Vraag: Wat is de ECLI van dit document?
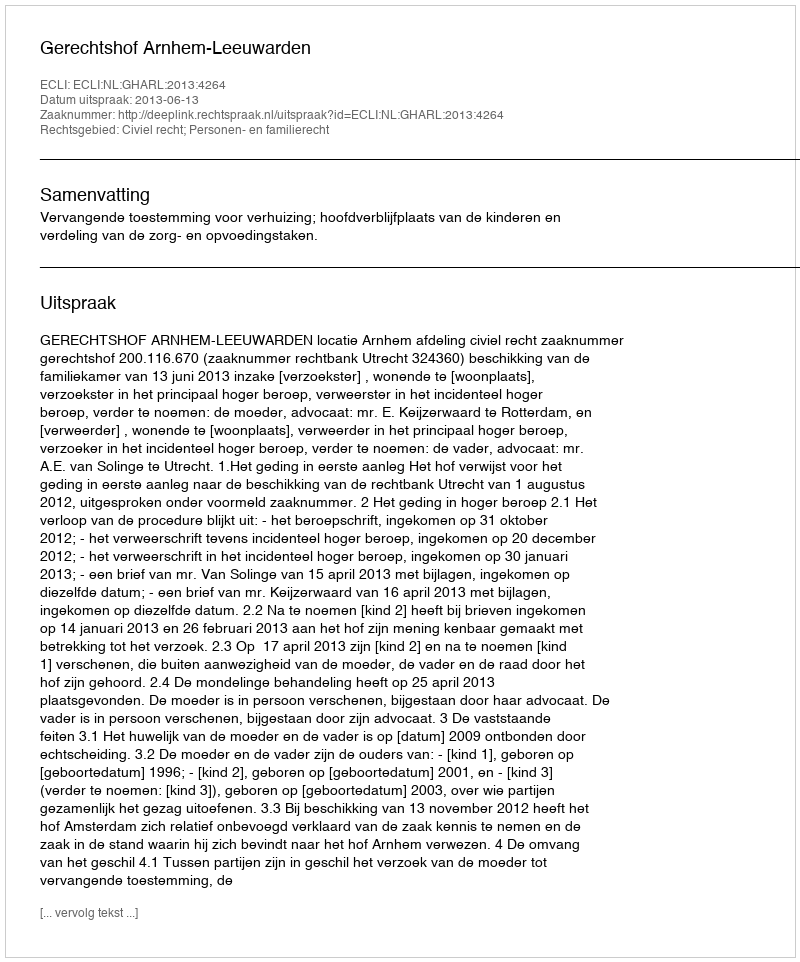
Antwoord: ECLI:NL:GHARL:2013:4264